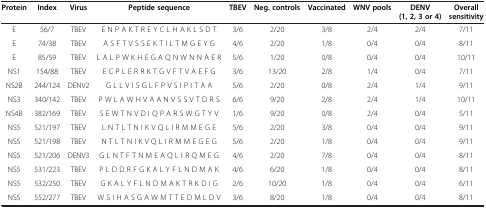
| Protein | Index | Virus | Peptide sequence | TBEV | Neg. controls | Vaccinated | WNV pools | DENV (1, 2, 3 or 4) | Overall sensitivity |
 | --- | --- | --- | --- | --- | --- | --- | --- | --- | --- |
 | E | 56/7 | TBEV | E N P A K T R E Y C L H A K L S D T | 3/6 | 2/20 | 3/8 | 2/4 | 2/4 | 7/11 |
 | E | 74/38 | TBEV | A S F T V S S E K T I L T M G E Y G | 4/6 | 2/20 | 1/8 | 0/4 | 0/4 | 8/11 |
 | E | 85/59 | TBEV | L A L P W K H E G A Q N W N N A E R | 5/6 | 1/20 | 0/8 | 0/4 | 0/4 | 10/11 |
 | NS1 | 154/88 | TBEV | E C P L E R R K T G V F T V A E F G | 3/6 | 13/20 | 2/8 | 1/4 | 0/4 | 7/11 |
 | NS2B | 244/124 | DENV2 | G L L V I S G L F P V S I P I T A A | 5/6 | 2/20 | 0/8 | 2/4 | 1/4 | 9/11 |
 | NS3 | 340/142 | TBEV | P W L A W H V A A N V S S V T D R S | 6/6 | 9/20 | 2/8 | 2/4 | 1/4 | 10/11 |
 | NS4B | 382/169 | TBEV | S E W T N V D I Q P A R S W G T Y V | 1/6 | 9/20 | 0/8 | 2/4 | 0/4 | 5/11 |
 | NS5 | 521/197 | TBEV | L N T L T N I K V Q L I R M M E G E | 5/6 | 2/20 | 3/8 | 0/4 | 0/4 | 9/11 |
 | NS5 | 521/198 | TBEV | N T L T N I K V Q L I R M M E G E G | 5/6 | 2/20 | 1/8 | 0/4 | 0/4 | 9/11 |
 | NS5 | 521/206 | DENV3 | G L N T F T N M E A Q L I R Q M E G | 4/6 | 2/20 | 7/8 | 0/4 | 0/4 | 8/11 |
 | NS5 | 531/223 | TBEV | P L D D R F G K A L Y F L N D M A K | 4/6 | 6/20 | 1/8 | 0/4 | 0/4 | 8/11 |
 | NS5 | 532/250 | TBEV | G K A L Y F L N D M A K T R K D I G | 2/6 | 10/20 | 1/8 | 0/4 | 0/4 | 6/11 |
 | NS5 | 552/277 | TBEV | W S I H A S G A W M T T E D M L D V | 3/6 | 8/20 | 1/8 | 0/4 | 0/4 | 8/11 |